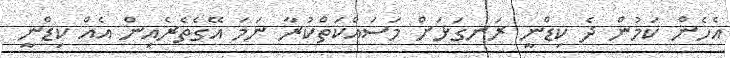
އެހެން ކަމުން ދެ ކިޑްނީ ރަނގަޅަށް މަސައްކަތްކުރާ ނަމަ އޭގެތެރެއިން އެއް ކިޑްނީ